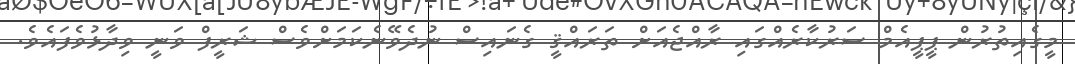
މީގެއިތުރުން ޕީޕީއެމް ސަރުކާރެއްގައި ރާއްޖެއަށް ތަރައްޤީ ގެނައިސް ނުދެވޭނެކަމަށްވެސް ޝަރީފް ވަނީ ވިދާޅުވެފައެވެ.